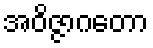
အဝိဇ္ဇာဂတော